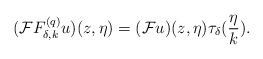
LaTeX: \begin{align*}(\mathcal{F}F^{(q)}_{\delta,k}u)(z,\eta)=(\mathcal{F}u)(z,\eta)\tau_\delta(\frac{\eta}{k}).\end{align*}